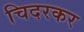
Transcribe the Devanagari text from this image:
चिदरकर